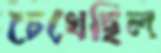
চেখেছিল